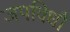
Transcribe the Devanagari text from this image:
जपविधौ